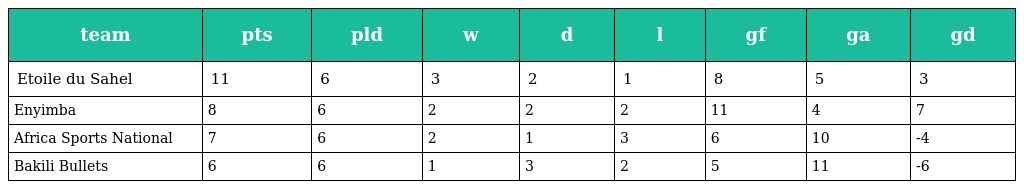
| team | pts | pld | w | d | l | gf | ga | gd |
 | --- | --- | --- | --- | --- | --- | --- | --- | --- |
 | Etoile du Sahel | 11 | 6 | 3 | 2 | 1 | 8 | 5 | 3 |
 | Enyimba | 8 | 6 | 2 | 2 | 2 | 11 | 4 | 7 |
 | Africa Sports National | 7 | 6 | 2 | 1 | 3 | 6 | 10 | -4 |
 | Bakili Bullets | 6 | 6 | 1 | 3 | 2 | 5 | 11 | -6 |